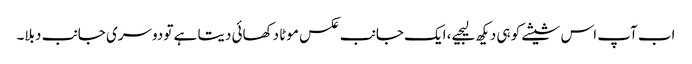
اب آپ اس شیشے کو ہی دیکھ لیجیے، ایک جانب عکس موٹا دکھائی دیتا ہے تو دوسری جانب دبلا۔